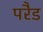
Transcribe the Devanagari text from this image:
परैड